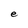
Character: e